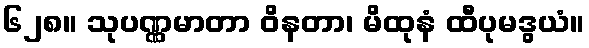
၆၂၈။ သုပဏ္ဏမာတာ ဝိနတာ၊ မိထုနံ ထီပုမဒွယံ။